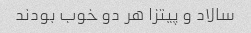
سالاد و پیتزا هر دو خوب بودند